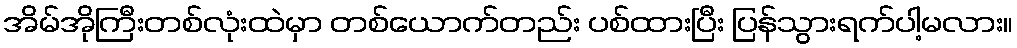
အိမ်အိုကြီးတစ်လုံးထဲမှာ တစ်ယောက်တည်း ပစ်ထားပြီး ပြန်သွားရက်ပါ့မလား။